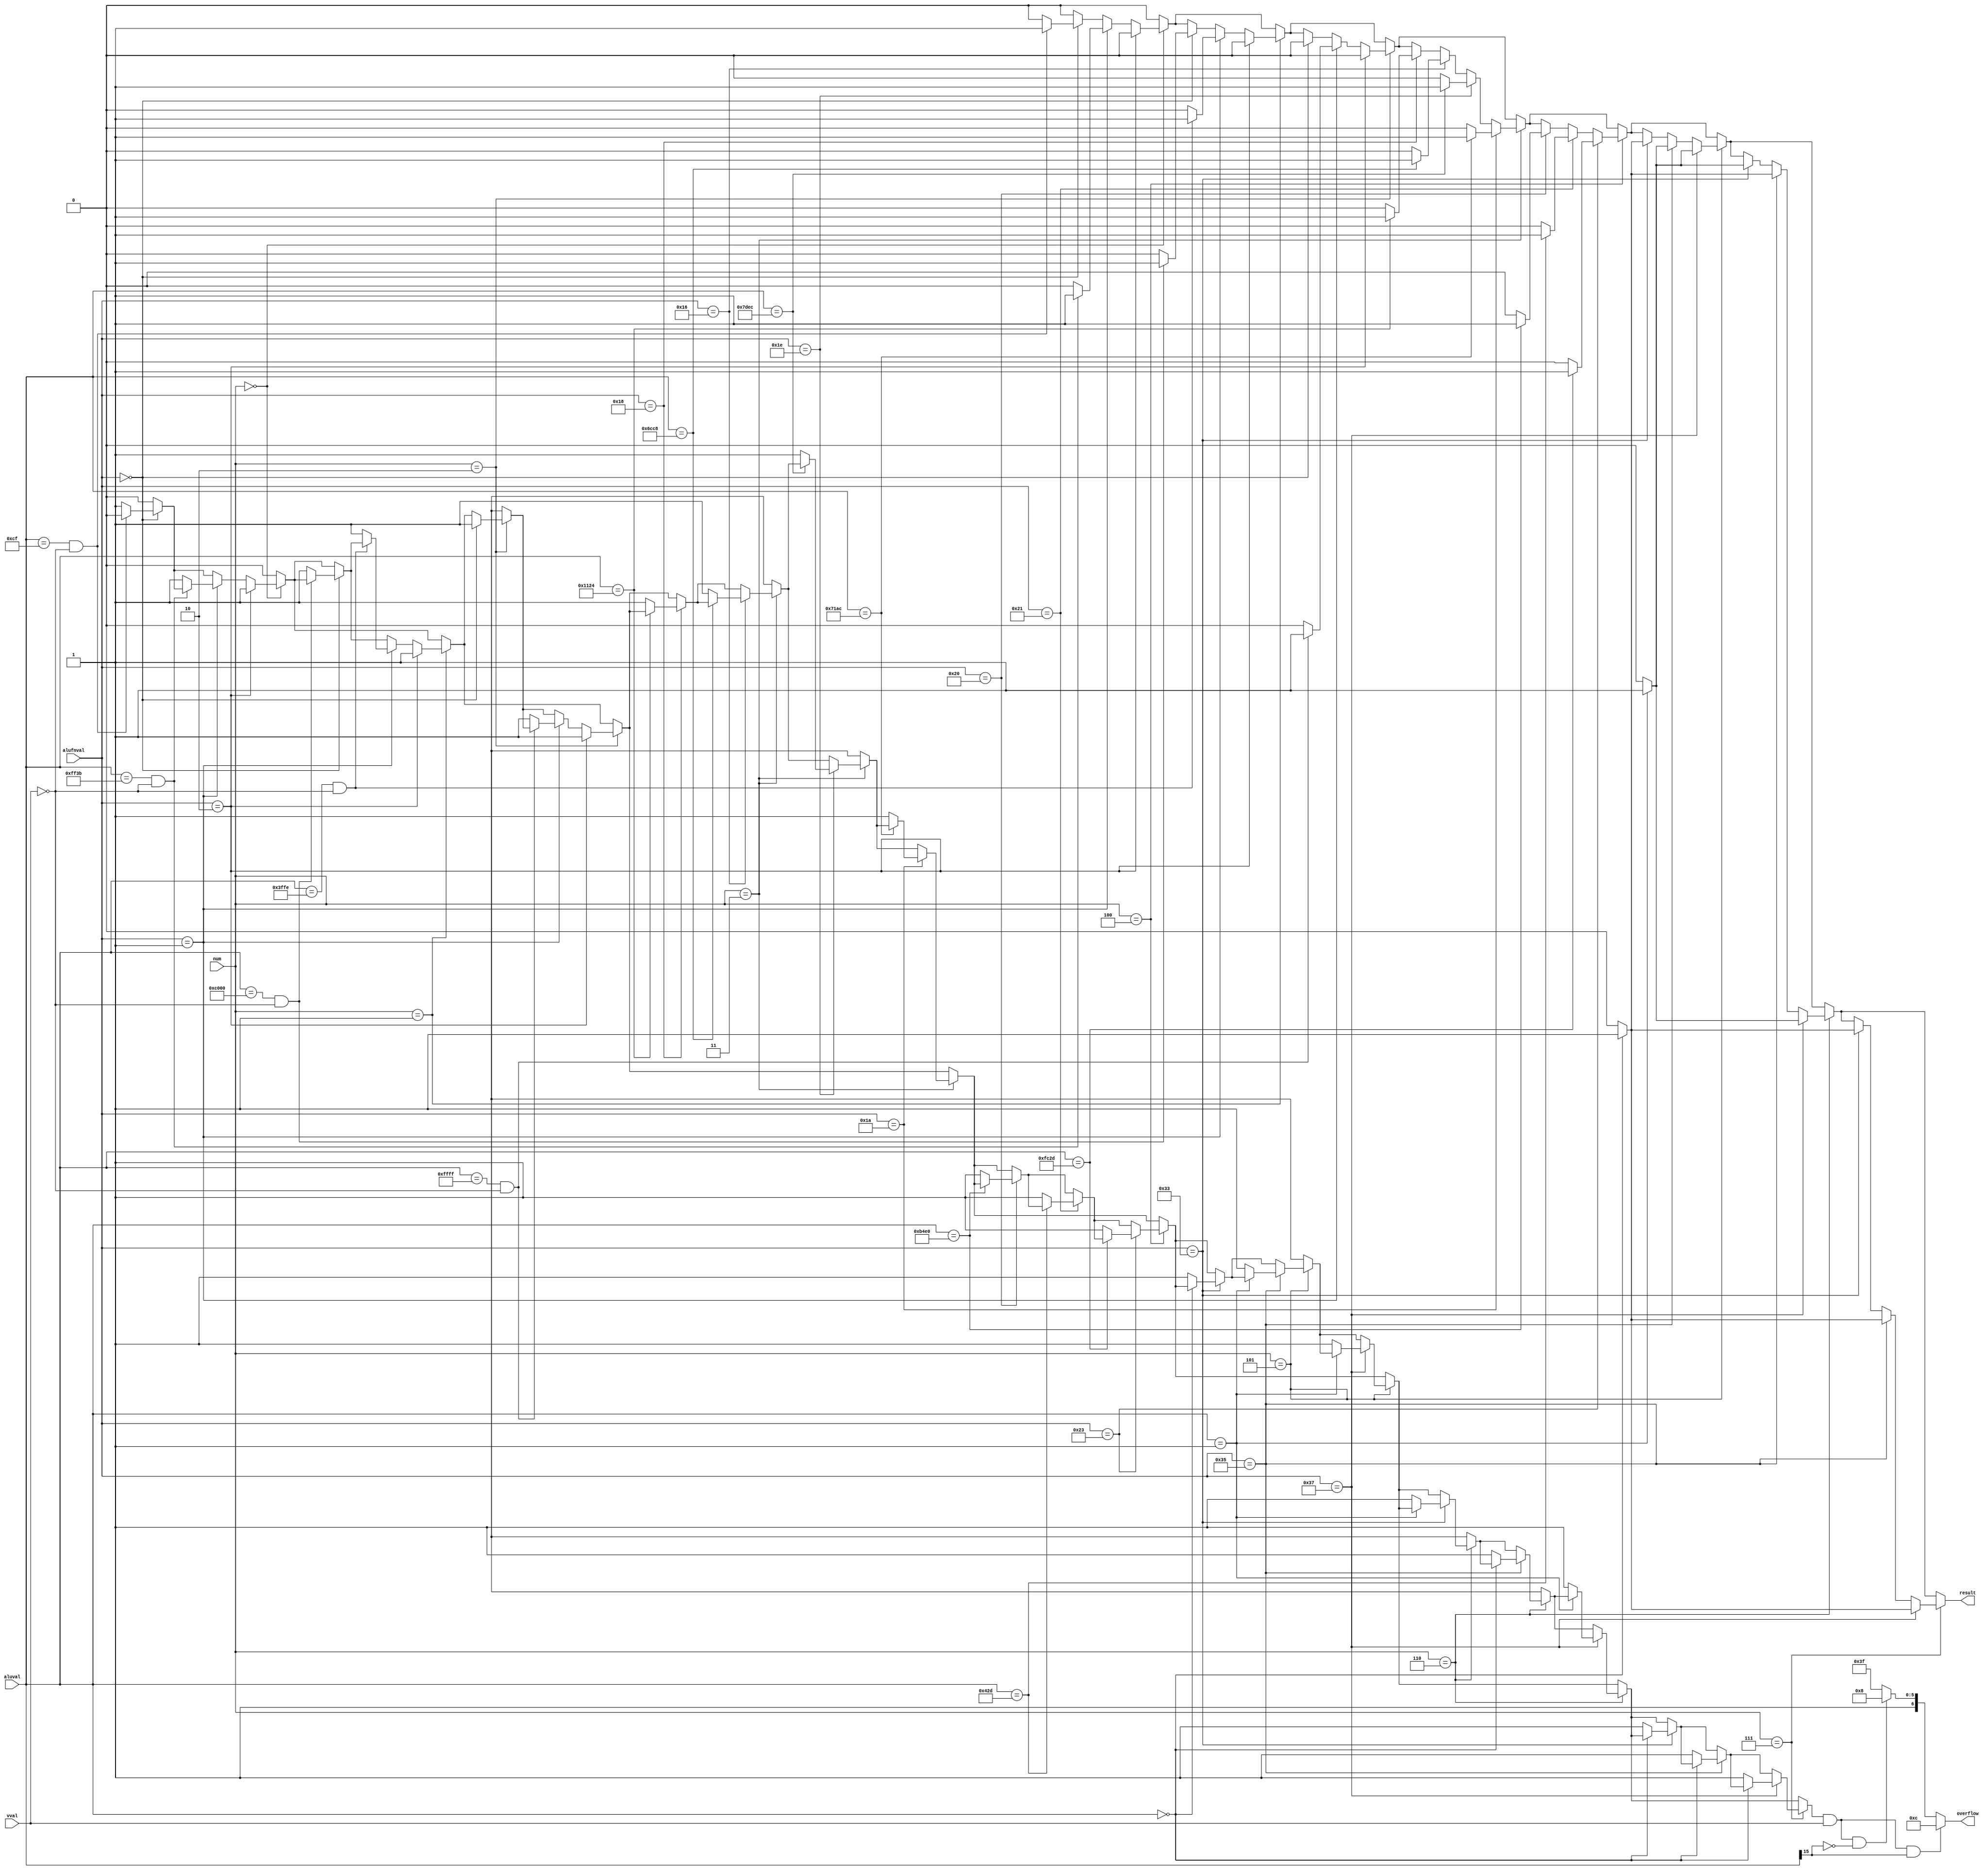
/*
   This file was generated automatically by Alchitry Labs version 1.2.7.
   Do not edit this file directly. Instead edit the original Lucid source.
   This is a temporary file and any changes made to it will be destroyed.
*/

module answer_key_9 (
    input [3:0] num,
    input [15:0] aluval,
    input [5:0] alufnval,
    input [0:0] vval,
    output reg [0:0] result,
    output reg [6:0] overflow
  );
  
  
  
  localparam ADD = 6'h00;
  
  localparam SUB = 6'h01;
  
  localparam MUL = 6'h02;
  
  localparam AND = 6'h18;
  
  localparam OR = 6'h1e;
  
  localparam XOR = 6'h16;
  
  localparam ALDR = 6'h1a;
  
  localparam SHL = 6'h20;
  
  localparam SHR = 6'h21;
  
  localparam SRA = 6'h23;
  
  localparam CMPEQ = 6'h33;
  
  localparam CMPLT = 6'h35;
  
  localparam CMPLE = 6'h37;
  
  localparam C1ADD = 16'h00cf;
  
  localparam C1SUB = 16'hff3b;
  
  localparam C1MUL = 31'h423a317a;
  
  localparam C2ADD = 17'h0c000;
  
  localparam C2SUB = 16'h3ffe;
  
  localparam C2MUL = 31'h20003fff;
  
  localparam C3ADD = 32'hffff0001;
  
  localparam C3SUB = 16'hffff;
  
  localparam C3MUL = 32'h3fff8000;
  
  localparam C4AND = 16'h1124;
  
  localparam C4XOR = 16'h6cc8;
  
  localparam C4OR = 16'h7dec;
  
  localparam C4ALDR = 16'h71ac;
  
  localparam C5SHL = 16'hb4e0;
  
  localparam C5SHR = 16'h042d;
  
  localparam C5SRA = 16'hfc2d;
  
  localparam C6EQ = 16'h0000;
  
  localparam C6LT = 16'h0001;
  
  localparam C6LE = 16'h0001;
  
  localparam C7EQ = 16'h0001;
  
  localparam C7LT = 16'h0000;
  
  localparam C7LE = 16'h0001;
  
  localparam C8EQ = 16'h0000;
  
  localparam C8LT = 16'h0000;
  
  localparam C8LE = 16'h0000;
  
  localparam CORRECT = 1'h1;
  
  localparam INCORRECT = 1'h0;
  
  reg [6:0] o;
  
  reg [0:0] i;
  
  always @* begin
    result = 1'h0;
    i = 1'h0;
    if (num == 4'h0) begin
      if (alufnval == 6'h00) begin
        if ((aluval == 16'h00cf) & (vval == 1'h0)) begin
          result = 1'h1;
        end else begin
          result = 1'h0;
          i = 1'h1;
        end
      end
      if (alufnval == 6'h01) begin
        if ((aluval == 16'hff3b) & (vval == 1'h0)) begin
          result = 1'h1;
        end else begin
          result = 1'h0;
          i = 1'h1;
        end
      end
      if (alufnval == 6'h02) begin
        if ((aluval == 31'h423a317a) & (vval == 1'h0)) begin
          result = 1'h1;
        end else begin
          result = 1'h0;
          i = 1'h1;
        end
      end
    end
    if (num == 4'h1) begin
      if (alufnval == 6'h00) begin
        if ((aluval == 17'h0c000) & (vval == 1'h0)) begin
          result = 1'h1;
        end else begin
          result = 1'h0;
          i = 1'h1;
        end
      end
      if (alufnval == 6'h01) begin
        if ((aluval == 16'h3ffe) & (vval == 1'h0)) begin
          result = 1'h1;
        end else begin
          result = 1'h0;
          i = 1'h1;
        end
      end
      if (alufnval == 6'h02) begin
        if ((aluval == 31'h20003fff) & (vval == 1'h0)) begin
          result = 1'h1;
        end else begin
          result = 1'h0;
          i = 1'h1;
        end
      end
    end
    if (num == 4'h2) begin
      if (alufnval == 6'h00) begin
        if ((aluval == 32'hffff0001) & (vval == 1'h0)) begin
          result = 1'h1;
        end else begin
          result = 1'h0;
          i = 1'h1;
        end
      end
      if (alufnval == 6'h01) begin
        if ((aluval == 16'hffff) & (vval == 1'h0)) begin
          result = 1'h1;
        end else begin
          result = 1'h0;
          i = 1'h1;
        end
      end
      if (alufnval == 6'h02) begin
        if ((aluval == 32'h3fff8000) & (vval == 1'h0)) begin
          result = 1'h1;
        end else begin
          result = 1'h0;
          i = 1'h1;
        end
      end
    end
    if (num == 4'h3) begin
      if (alufnval == 6'h18) begin
        if (aluval == 16'h1124) begin
          result = 1'h1;
        end else begin
          result = 1'h0;
          i = 1'h1;
        end
      end
      if (alufnval == 6'h16) begin
        if (aluval == 16'h6cc8) begin
          result = 1'h1;
        end else begin
          result = 1'h0;
          i = 1'h1;
        end
      end
      if (alufnval == 6'h1e) begin
        if (aluval == 16'h7dec) begin
          result = 1'h1;
        end else begin
          result = 1'h0;
          i = 1'h1;
        end
      end
      if (alufnval == 6'h1a) begin
        if (aluval == 16'h71ac) begin
          result = 1'h1;
        end else begin
          result = 1'h0;
          i = 1'h1;
        end
      end
    end
    if (num == 4'h4) begin
      if (alufnval == 6'h20) begin
        if (aluval == 16'hb4e0) begin
          result = 1'h1;
        end else begin
          result = 1'h0;
          i = 1'h1;
        end
      end
      if (alufnval == 6'h21) begin
        if (aluval == 16'h042d) begin
          result = 1'h1;
        end else begin
          result = 1'h0;
          i = 1'h1;
        end
      end
      if (alufnval == 6'h23) begin
        if (aluval == 16'hfc2d) begin
          result = 1'h1;
        end else begin
          result = 1'h0;
          i = 1'h1;
        end
      end
    end
    if (num == 4'h5) begin
      if (alufnval == 6'h33) begin
        if (aluval == 16'h0000) begin
          result = 1'h1;
        end else begin
          result = 1'h0;
          i = 1'h1;
        end
      end
      if (alufnval == 6'h35) begin
        if (aluval == 16'h0001) begin
          result = 1'h1;
        end else begin
          result = 1'h0;
          i = 1'h1;
        end
      end
      if (alufnval == 6'h37) begin
        if (aluval == 16'h0001) begin
          result = 1'h1;
        end else begin
          result = 1'h0;
          i = 1'h1;
        end
      end
    end
    if (num == 4'h6) begin
      if (alufnval == 6'h33) begin
        if (aluval == 16'h0001) begin
          result = 1'h1;
        end else begin
          result = 1'h0;
          i = 1'h1;
        end
      end
      if (alufnval == 6'h35) begin
        if (aluval == 16'h0000) begin
          result = 1'h1;
        end else begin
          result = 1'h0;
          i = 1'h1;
        end
      end
      if (alufnval == 6'h37) begin
        if (aluval == 16'h0001) begin
          result = 1'h1;
        end else begin
          result = 1'h0;
          i = 1'h1;
        end
      end
    end
    if (num == 4'h7) begin
      if (alufnval == 6'h33) begin
        if (aluval == 16'h0000) begin
          result = 1'h1;
        end else begin
          result = 1'h0;
          i = 1'h1;
        end
      end
      if (alufnval == 6'h35) begin
        if (aluval == 16'h0000) begin
          result = 1'h1;
        end else begin
          result = 1'h0;
          i = 1'h1;
        end
      end
      if (alufnval == 6'h37) begin
        if (aluval == 16'h0000) begin
          result = 1'h1;
        end else begin
          result = 1'h0;
          i = 1'h1;
        end
      end
    end
    o = 7'h7f;
    if (i == 1'h1 & vval == 1'h1 & aluval[15+0-:1] == 1'h0) begin
      o = 7'h48;
    end
    if (i == 1'h1 & vval == 1'h1 & aluval[15+0-:1] == 1'h1) begin
      o = 7'h0c;
    end
    overflow = o;
  end
endmodule